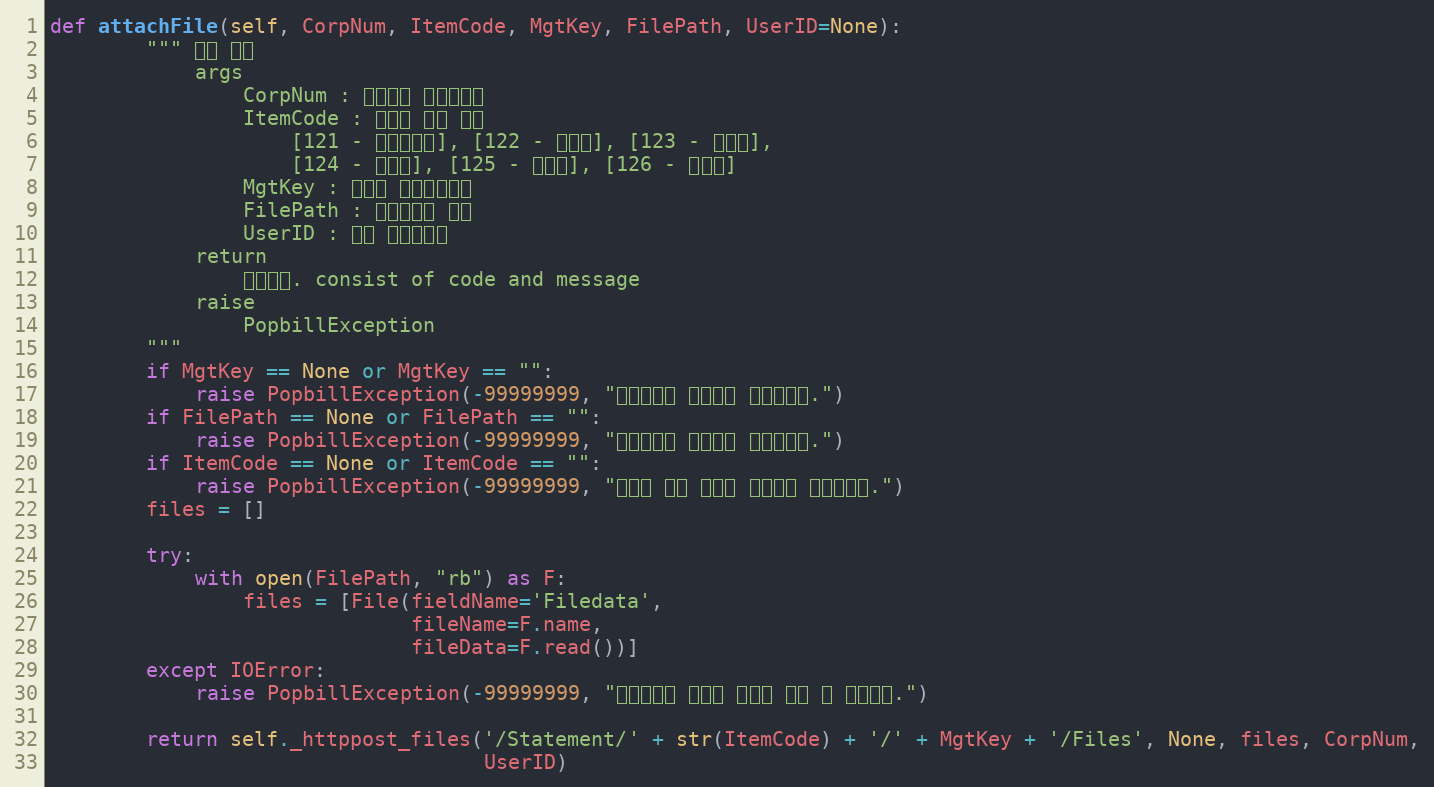
Language: Python
def attachFile(self, CorpNum, ItemCode, MgtKey, FilePath, UserID=None):
        """ 파일 첨부
            args
                CorpNum : 팝빌회원 사업자번호
                ItemCode : 명세서 종류 코드
                    [121 - 거래명세서], [122 - 청구서], [123 - 견적서],
                    [124 - 발주서], [125 - 입금표], [126 - 영수증]
                MgtKey : 파트너 문서관리번호
                FilePath : 첨부파일의 경로
                UserID : 팝빌 회원아이디
            return
                처리결과. consist of code and message
            raise
                PopbillException
        """
        if MgtKey == None or MgtKey == "":
            raise PopbillException(-99999999, "관리번호가 입력되지 않았습니다.")
        if FilePath == None or FilePath == "":
            raise PopbillException(-99999999, "파일경로가 입력되지 않았습니다.")
        if ItemCode == None or ItemCode == "":
            raise PopbillException(-99999999, "명세서 종류 코드가 입력되지 않았습니다.")
        files = []

        try:
            with open(FilePath, "rb") as F:
                files = [File(fieldName='Filedata',
                              fileName=F.name,
                              fileData=F.read())]
        except IOError:
            raise PopbillException(-99999999, "해당경로에 파일이 없거나 읽을 수 없습니다.")

        return self._httppost_files('/Statement/' + str(ItemCode) + '/' + MgtKey + '/Files', None, files, CorpNum,
                                    UserID)